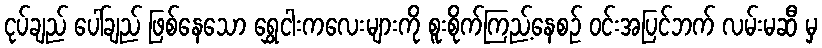
ငုပ်ချည် ပေါ်ချည် ဖြစ်နေသော ရွှေငါးကလေးများကို စူးစိုက်ကြည့်နေစဉ် ဝင်းအပြင်ဘက် လမ်းမဆီ မှ